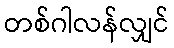
တစ်ဂါလန်လျှင်